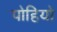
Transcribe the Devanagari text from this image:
पोहियो